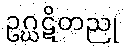
ဥဂ္ဃဋိတညု